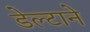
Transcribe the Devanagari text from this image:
डेल्टाने